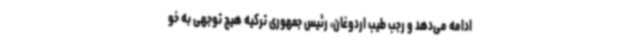
ادامه می‌دهد و رجب طیب اردوغان، رئیس جمهوری ترکیه هیچ توجهی به خو